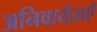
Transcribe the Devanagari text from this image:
अनिवार्यताएँ